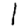
Digit: 1